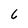
Character: 6